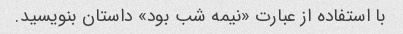
با استفاده از عبارت «نیمه شب بود» داستان بنویسید.